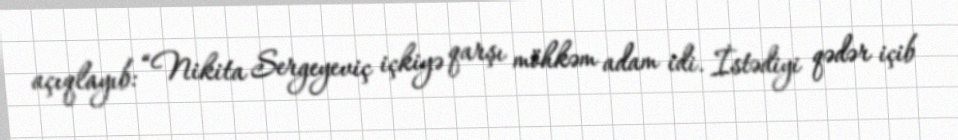
açıqlayıb: “Nikita Sergeyeviç içkiyə qarşı möhkəm adam idi. İstədiyi qədər içib